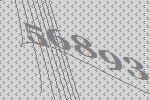
56893